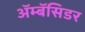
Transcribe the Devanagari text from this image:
ॲम्बॅसिडर